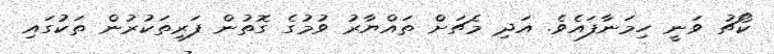
ކޯޗު ވަނީ ހިމަނާފައެވެ. އަދި މެޗަށް ތައްޔާރު ވުމުގެ ގޮތުން ފަރިތަކުރުން ތަކުގައި